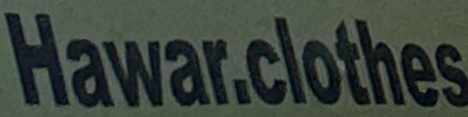
Hawar.clothes